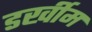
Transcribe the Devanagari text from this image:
डर्खीम